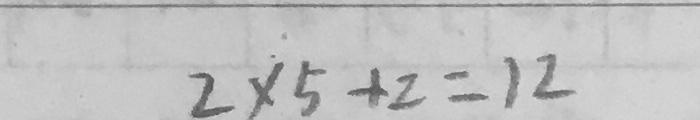
2 \times 5 + 2 = 1 2